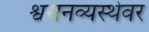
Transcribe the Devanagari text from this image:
श्वसनव्यस्थेवर